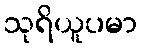
သုရိယူပမာ